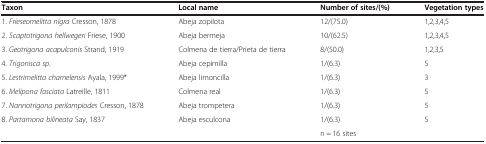
<table><thead><tr><td><b>Taxon</b></td><td><b>Local name</b></td><td><b>Number of sites/(%)</b></td><td><b>Vegetation types</b></td></tr></thead><tbody><tr><td>1. <i>Frieseomelitta nigra</i> Cresson, 1878</td><td>Abeja zopilota</td><td>12/(75.0)</td><td>1,2,3,4,5</td></tr><tr><td>2. <i>Scaptotrigona hellwegeri</i> Friese, 1900</td><td>Abeja bermeja</td><td>10/(62.5)</td><td>1,2,3,4,5</td></tr><tr><td>3. <i>Geotrigona acapulconis</i> Strand, 1919</td><td>Colmena de tierra/Prieta de tierra</td><td>8/(50.0)</td><td>1,2,3,5</td></tr><tr><td>4. <i>Trigonisca sp.</i></td><td>Abeja cepimilla</td><td>1/(6.3)</td><td>5</td></tr><tr><td>5. <i>Lestrimelitta chamelensis</i> Ayala, 1999*</td><td>Abeja limoncilla</td><td>1/(6.3)</td><td>3</td></tr><tr><td>6. <i>Melipona fasciata</i> Latreille, 1811</td><td>Colmena real</td><td>1/(6.3)</td><td>5</td></tr><tr><td>7. <i>Nannotrigona perilampiodes</i> Cresson, 1878</td><td>Abeja trompetera</td><td>1/(6.3)</td><td>5</td></tr><tr><td>8. <i>Partamona bilineata</i> Say, 1837</td><td>Abeja esculcona</td><td>1/(6.3)</td><td>5</td></tr><tr><td> </td><td> </td><td>n = 16 sites</td><td> </td></tr></tbody></table>